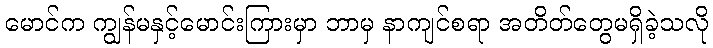
မောင်က ကျွန်မနှင့်မောင်းကြားမှာ ဘာမှ နာကျင်စရာ အတိတ်တွေမရှိခဲ့သလို